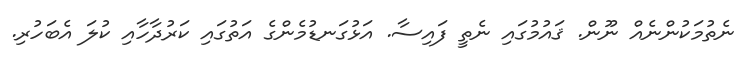
ނެތުމަކުންނެއް ނޫން. ޤައުމުގައި ނެތީ ފައިސާ. އަޅުގަނޑުމެންގެ އަތުގައި ކަރުދާހާއި ކުލަ އެބަހުރި.